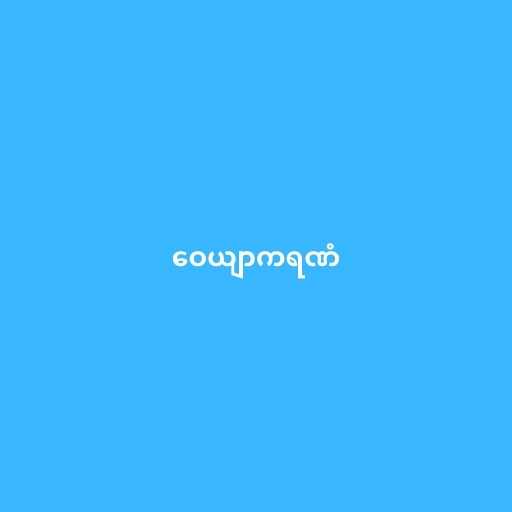
ဝေယျာကရဏံ